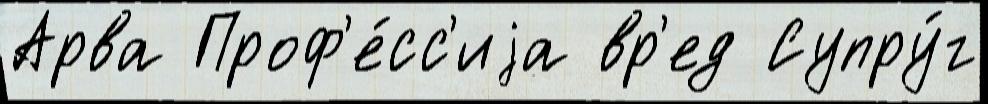
Арва Проф'е́сс'иjа вр'ед Супру́г